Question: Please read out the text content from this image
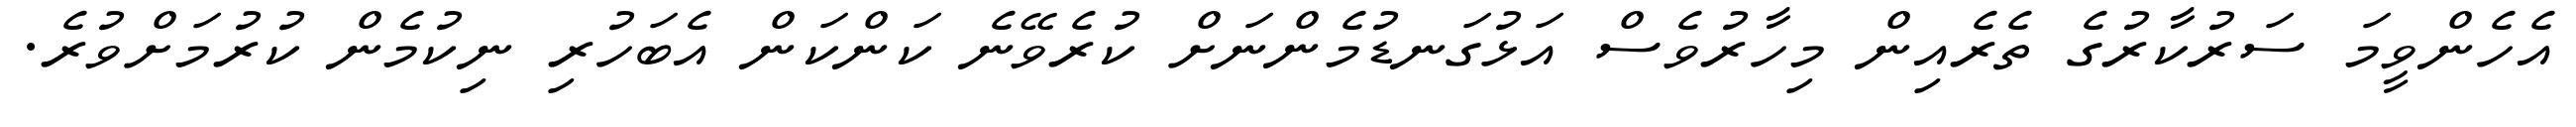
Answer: އެހެންވީމަ ސަރުކާރުގެ ތެރެއިން މިހާރުވެސް އަޅުގަނޑުމެންނަށް ކުރެވޭނެ ކަންކަން އެބަހުރި ނިކުމެން ކުރުމަށްވުރެ.